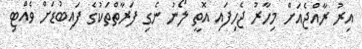
އިރު ރާއްޖެއަށް މިހާރު ޖެހިފައި އޮތީ ލޯނު ނެގި ފަރާތްތަކުގެ ފައިބުޑަށް ވެއްޓި